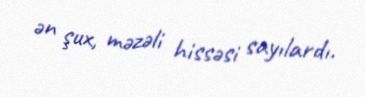
ən şux, məzəli hissəsi sayılardı.